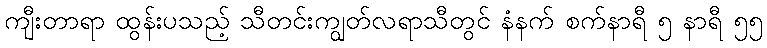
ကျီးတာရာ ထွန်းပသည့် သီတင်းကျွတ်လရာသီတွင် နံနက် စက်နာရီ ၅ နာရီ ၅၅